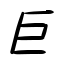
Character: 巨